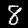
Digit: 8